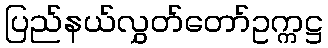
ပြည်နယ်လွှတ်တော်ဥက္ကဋ္ဌ